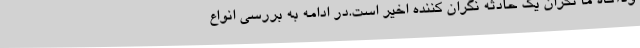
ودآگاه ما نگران یک حادثه نگران کننده اخیر است.در ادامه به بررسی انواع